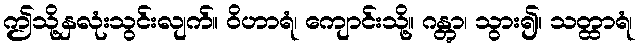
ဤသို့နှလုံးသွင်းလျက်။ ဝိဟာရံ၊ ကျောင်းသို့။ ဂန္တွာ၊ သွား၍။ သတ္ထာရံ၊